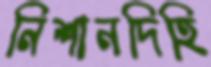
নিশানদিহি